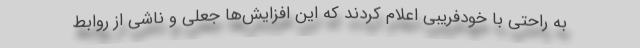
به راحتی با خودفریبی اعلام کردند که این افزایش‌ها جعلی و ناشی از روابط